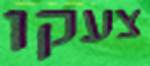
צעקו